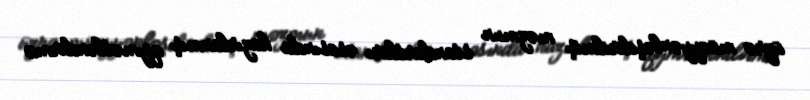
üzrə müəyyənləşdirilmiş məzmun standartları əsasında hazırlanmış qiymətləndirmə